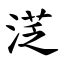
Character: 㴀